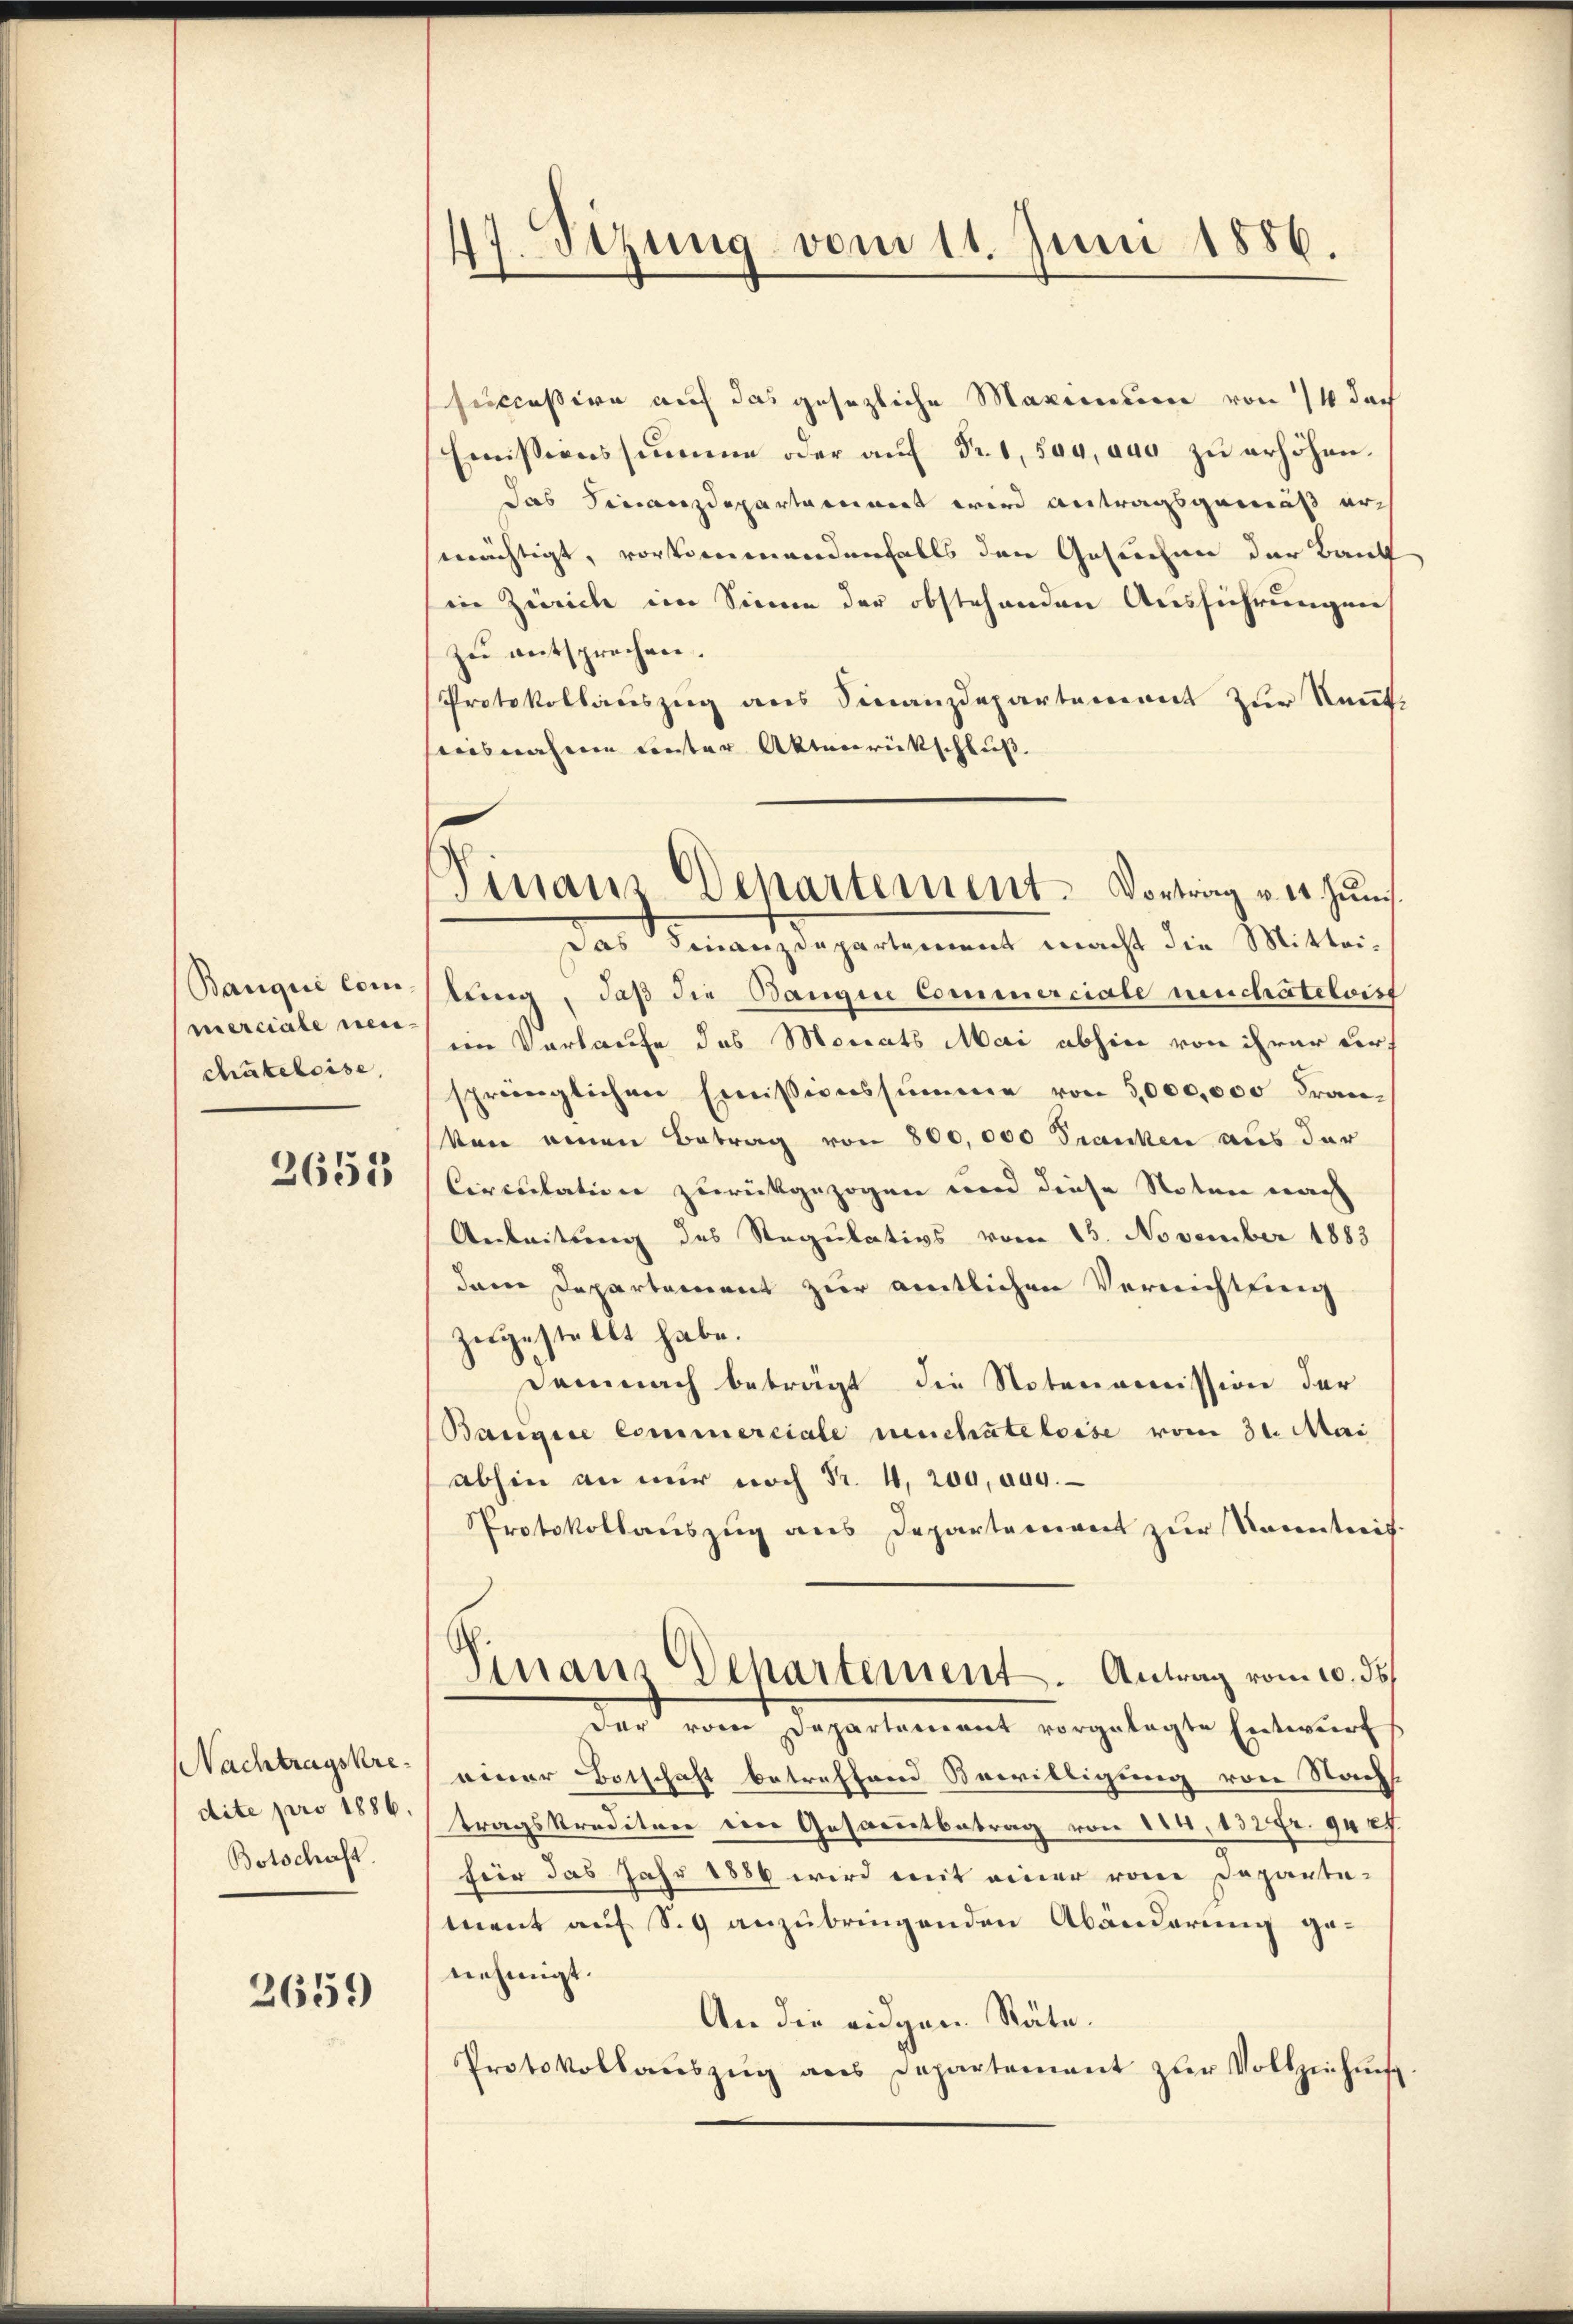
merciale neuchukeleise,

2653

Botschaft.

2659

47. Sizung vom 11. Juni 1886.

successive auf das gesezliche Maximum von 14 doch
Emissionssumme oder auf Fr. 1, 509, aus zu erhöhen.
das Finanzdepartament wird antragsgemäß arch
mächtigt, vorkommendenfalls den Gesuchen der Bauk
in Zürich im Sinne der obstehenden Ausführungen
zu entsprechen.
Protokollauszug aus Sinanzdepartement zur Kauf
isnahmen unter Aktenrückschluß.
Das Finanzdepartement macht die Mittei¬
Banque con lung, daß die Bangine Commerciale meuchâteloist
im Verkaufe das Monats Mai abhin von ihrer der
sprünglichen Emissionssumme von 5,000,000 Franken einen Betrag von 800,000 Franken aus der
Circulation zurückgezogen und diese Noten nach
Arbeitung des Regulativs vom 15. November 1883
dene Departement zur amtlichen Verrichtung
zugestellt habe.
Demnach beträgt die Notenomission der
Bangie Commerciale meuchateloise vom 31. Mai
abhin an nur noch Fr. 4, 200, aus.
Protokollauszug aus Departement zur Kenntnis.
Sinaus Departement. Antrag vom 10. ds.
der vom Departement vorgelegte Entwurf
Nachtragskre) einer Botschaft betreffend Bewilligung von Nachs
dite pro 1850 tragskreditare ein Gesammtbetrag von 114, 132 Fr. 94 ff.
für das Jahr 1886 wird mit einer von Departement auf S. 9 anzubringenden Abänderung genehmigt.
An die eidgen. Stäte.
Protokollaŭszŭg ans Departement zŭr Vollziehŭng

Finanz-Departement. Vortrag v. 1. Juni.